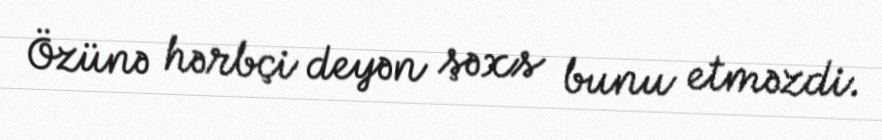
Özünə hərbçi deyən şəxs bunu etməzdi.